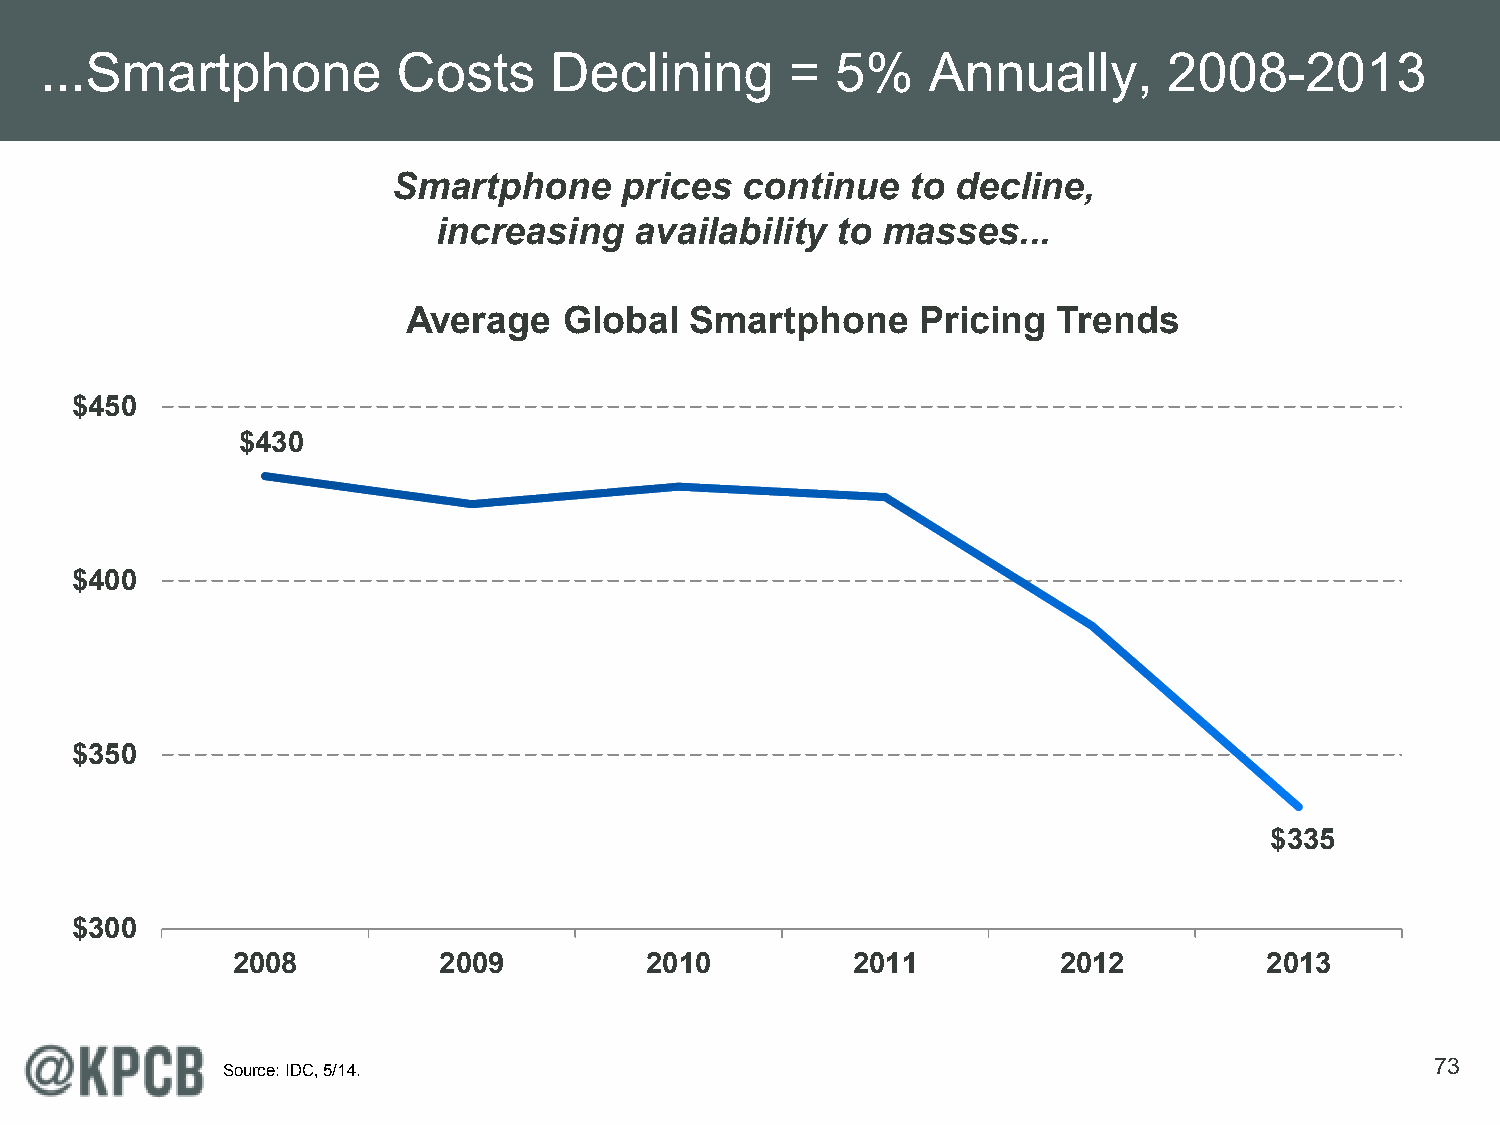
...Smartphone          Costs     Declining       =  5%    Annually,       2008-2013
 Smartphone     prices  continue   to decline,
 increasing   availability to masses...
 Average   Global   Smartphone     Pricing  Trends
 $450
 $430
 $400
 $350
 $335
 $300
 2008          2009          2010         2011          2012          2013
 73
 Source: IDC, 5/14.